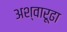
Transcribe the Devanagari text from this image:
अश्वारूढा